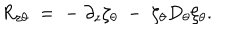
R _ { z \theta } \; = \; - \; \partial _ { z } \zeta _ { \theta } \; - \; \zeta _ { \theta } D _ { \theta } \zeta _ { \theta } .